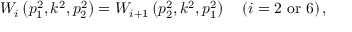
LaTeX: W _ { i } \left( p _ { 1 } ^ { 2 } , k ^ { 2 } , p _ { 2 } ^ { 2 } \right) = W _ { i + 1 } \left( p _ { 2 } ^ { 2 } , k ^ { 2 } , p _ { 1 } ^ { 2 } \right) \quad ( i = 2 \, \, \mathrm { { o r } } \, \, 6 ) \, ,